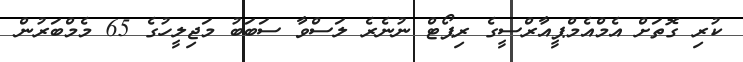
ކުރި ގޮތަށް އެމްއެމްޕީއާރްސީގެ ރިޕޯޓް ނުނެރެ ލަސްވާ ސަބަބު މަޖިލީހުގެ 65 މެމްބަރުން